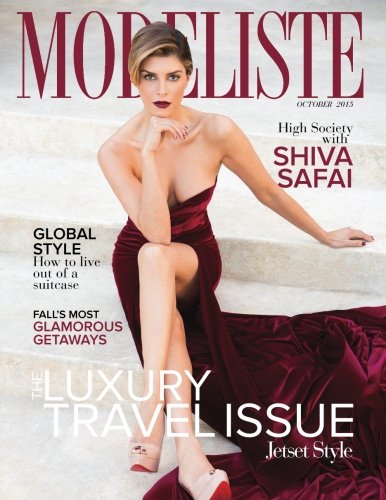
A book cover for Modeliste: October 2015; Amy McCabe; Arts & Photography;